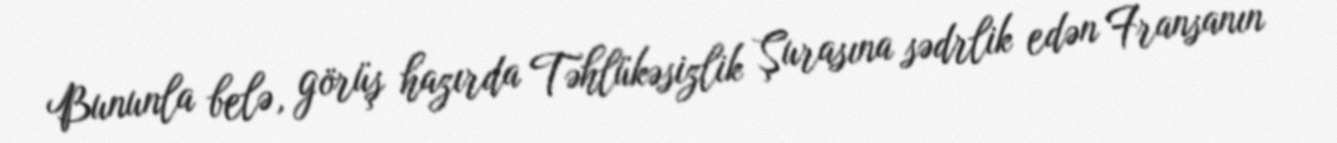
Bununla belə, görüş hazırda Təhlükəsizlik Şurasına sədrlik edən Fransanın